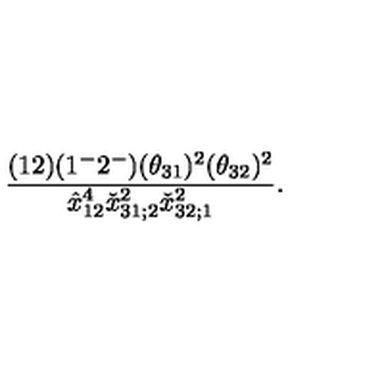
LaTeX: { \frac { ( 1 2 ) ( 1 ^ { - } 2 ^ { - } ) ( \theta _ { 3 1 } ) ^ { 2 } ( \theta _ { 3 2 } ) ^ { 2 } } { \hat { x } _ { 1 2 } ^ { 4 } \check { x } _ { 3 1 ; 2 } ^ { 2 } \check { x } _ { 3 2 ; 1 } ^ { 2 } } } .